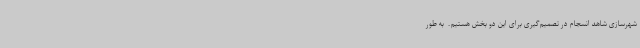
شهرسازی شاهد انسجام در تصمیم‌گیری برای این دو بخش هستیم. ‌ به طور